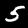
Label: 5